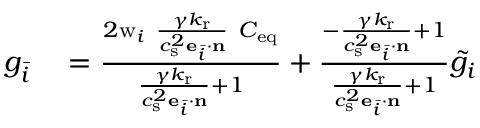
\begin{array} { r l } { g _ { \bar { i } } } & { { } = \frac { 2 \mathrm { w } _ { i } \ \frac { \gamma k _ { \mathrm { r } } } { c _ { \mathrm { s } } ^ { 2 } \mathbf { e } _ { \bar { i } } \cdot \mathbf { n } } \ C _ { \mathrm { e q } } } { \frac { \gamma k _ { \mathrm { r } } } { c _ { \mathrm { s } } ^ { 2 } \mathbf { e } _ { \bar { i } } \cdot \mathbf { n } } + 1 } + \frac { - \frac { \gamma k _ { \mathrm { r } } } { c _ { \mathrm { s } } ^ { 2 } \mathbf { e } _ { \bar { i } } \cdot \mathbf { n } } + 1 } { \frac { \gamma k _ { \mathrm { r } } } { c _ { \mathrm { s } } ^ { 2 } \mathbf { e } _ { \bar { i } } \cdot \mathbf { n } } + 1 } \tilde { g } _ { i } } \end{array}